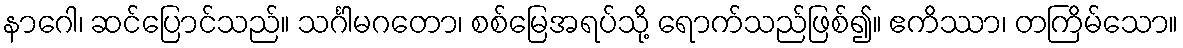
နာဂေါ၊ ဆင်ပြောင်သည်။ သင်္ဂါမဂတော၊ စစ်မြေအရပ်သို့ ရောက်သည်ဖြစ်၍။ ဧကိဿာ၊ တကြိမ်သော။